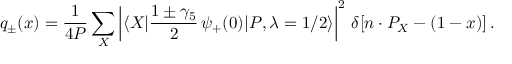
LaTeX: q _ { \pm } ( x ) = { \frac { 1 } { 4 P } } \sum _ { X } \left| \langle X | { \frac { 1 \pm \gamma _ { 5 } } { 2 } } \, \psi _ { + } ( 0 ) | P , \lambda = 1 / 2 \rangle \right| ^ { 2 } \, \delta [ n \cdot P _ { X } - ( 1 - x ) ] \, .